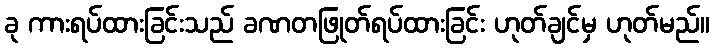
ခု ကားရပ်ထားခြင်းသည် ခဏတဖြုတ်ရပ်ထားခြင်း ဟုတ်ချင်မှ ဟုတ်မည်။